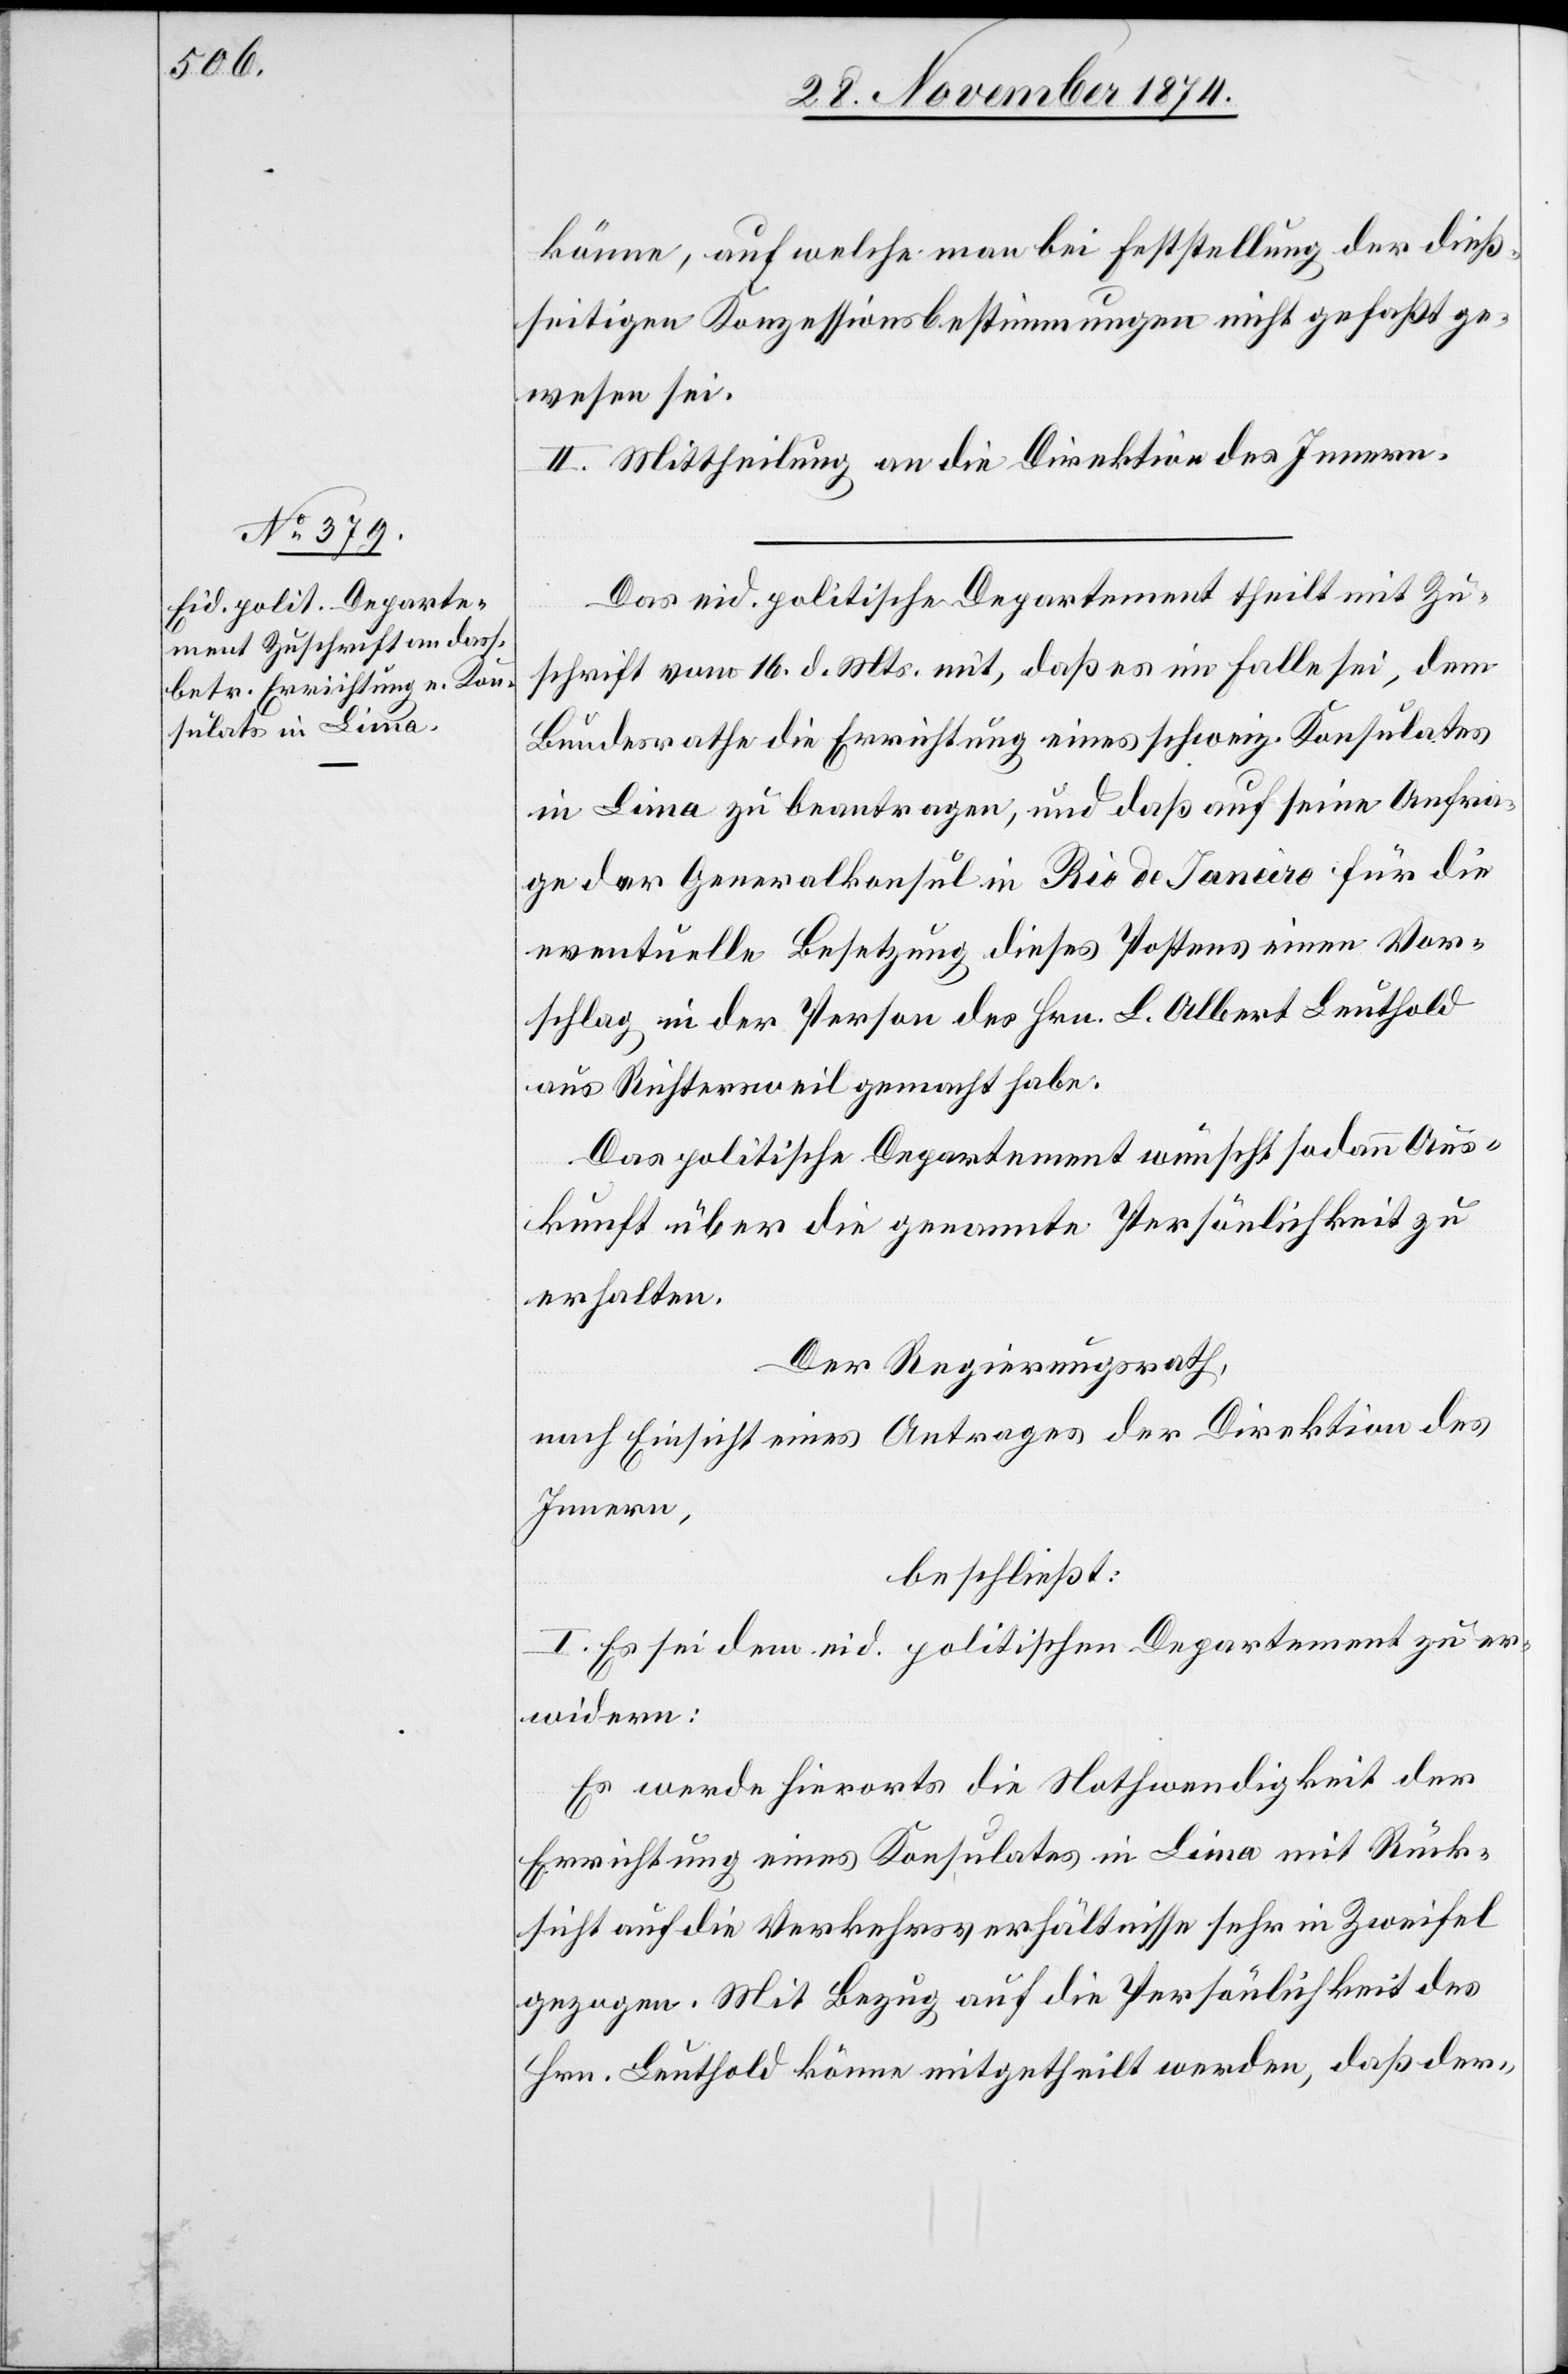
könne, auf welche man bei Feststellung der dieß¬
seitigen Konzessionsbestimmungen nicht gefaßt ge¬
wesen sei.
II. Mittheilung an die Direktion des Innern.
Das eid. politische Departement theilt mit Zu¬
schrift vom 16. d. Mts. mit, daß es im Falle sei, dem
Bundesrathe die Errichtung eines schweiz. Konsulates
in Lima zu beantragen, und daß auf seine Anfra¬
ge der Generalkonsul in Rio de Janeiro für die
eventuelle Besetzung dieses Postens einen Vor¬
schlag in der Person des Hrn. L. Albert Leuthold
aus Richtersweil gemacht habe.
Das politische Departement wünscht sodann Aus¬
kunft über die genannte Persönlichkeit zu
erhalten.
Der Regierungsrath,
nach Einsicht eines Antrages der Direktion des
Innern,
beschließt:
I. Es sei dem eid. politischen Departement zu er¬
wiedern:
Es werde hierorts die Nothwendigkeit der
Errichtung eines Konsulates in Lima mit Rück¬
sicht auf die Verkehrsverhältnisse sehr in Zweifel
gezogen. Mit Bezug auf die Persönlichkeit des
Hrn. Leuthold könne nicht mitgetheilt werden, daß der-